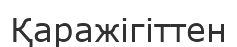
Қаражігіттен